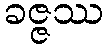
ခဇ္ဇဿ